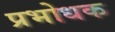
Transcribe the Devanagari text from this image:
प्रभोधक